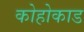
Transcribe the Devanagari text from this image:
कोहोकाड